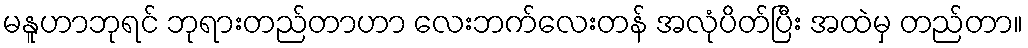
မနူဟာဘုရင် ဘုရားတည်တာဟာ လေးဘက်လေးတန် အလုံပိတ်ပြီး အထဲမှ တည်တာ။